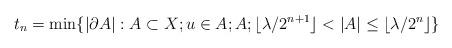
LaTeX: \begin{align*}t_n=\min\{|\partial A|:A\subset X;u\in A;A;\lfloor\lambda/2^{n+1}\rfloor<|A|\le\lfloor\lambda/2^n\rfloor\}\end{align*}